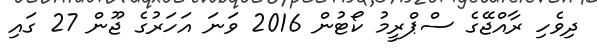
ދިވެހި ރާއްޖޭގެ ސްޕްރީމު ކޯޓުން 2016 ވަނަ އަހަރުގެ ޖޫން 27 ގައި